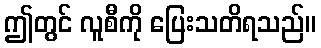
ဤတွင် လူစီကို ပြေးသတိရသည်။